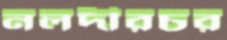
নলদীরচর